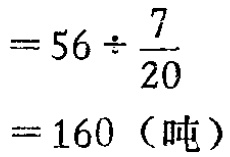
\[

\begin{align*}

&=56\div\frac{7}{20}\\

& = 160\ (\text{吨})

\end{align*}

\]